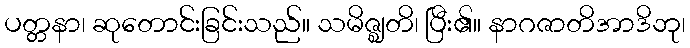
ပတ္တနာ၊ ဆုတောင်းခြင်းသည်။ သမိဇ္ဈတိ၊ ပြီး၏။ နာဂဇာတိအာဒိဘု၊